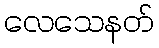
လေသေနတ်